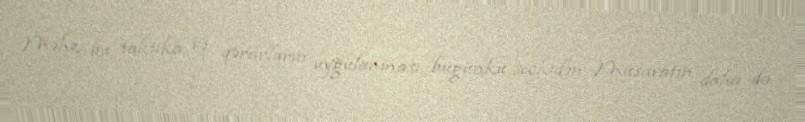
Məhz bu taktika və qərarların uyğulanması bugünkü seçkidən Müsavatın daha da